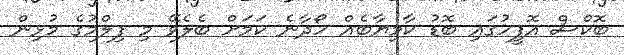
ބޮކްސް އޮފީހުގައި ބޮޑު ކާމިޔާބެއް ހޯދާނެ ކަމަށް ބެލެވޭ މި ފިލްމުގެ މުޅިން